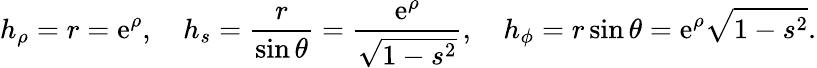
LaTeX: h_{\rho}=r=\mathrm{e}^{\rho},\quad h_{s}=\frac{r}{\sin\theta}=\frac{\mathrm{e}^{\rho}}{\sqrt{1-s^{2}}},\quad h_{\phi}=r\sin\theta=\mathrm{e}^{\rho}\sqrt{1-s^{2}}.